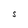
Character: S